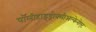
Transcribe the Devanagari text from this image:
पॉलीहाइड्रोक्सीअल्केनोएट